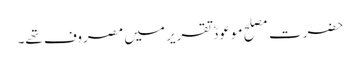
حضرت مصلح موعودؓ تقریر میں مصروف تھے۔